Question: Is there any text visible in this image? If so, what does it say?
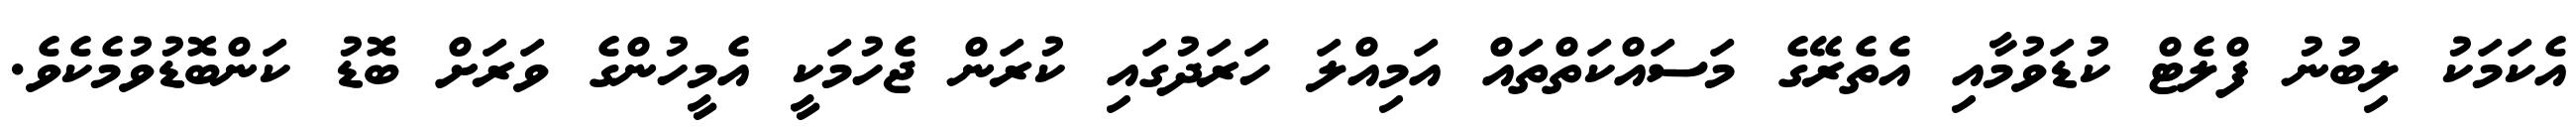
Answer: އެކަމަކު ލިބުނު ފްލެޓް ކުޑަވުމާއި އެތެރޭގެ މަސައްކަތްތައް އަމިއްލަ ހަރަދުގައި ކުރަން ޖެހުމަކީ އެމީހުންގެ ވަރަށް ބޮޑު ކަންބޮޑުވުމެކެވެ.